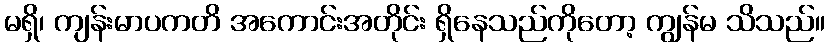
မရှိ၊ ကျန်းမာပကတိ အကောင်းအတိုင်း ရှိနေသည်ကိုတော့ ကျွန်မ သိသည်။